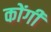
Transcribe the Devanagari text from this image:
कोंगी